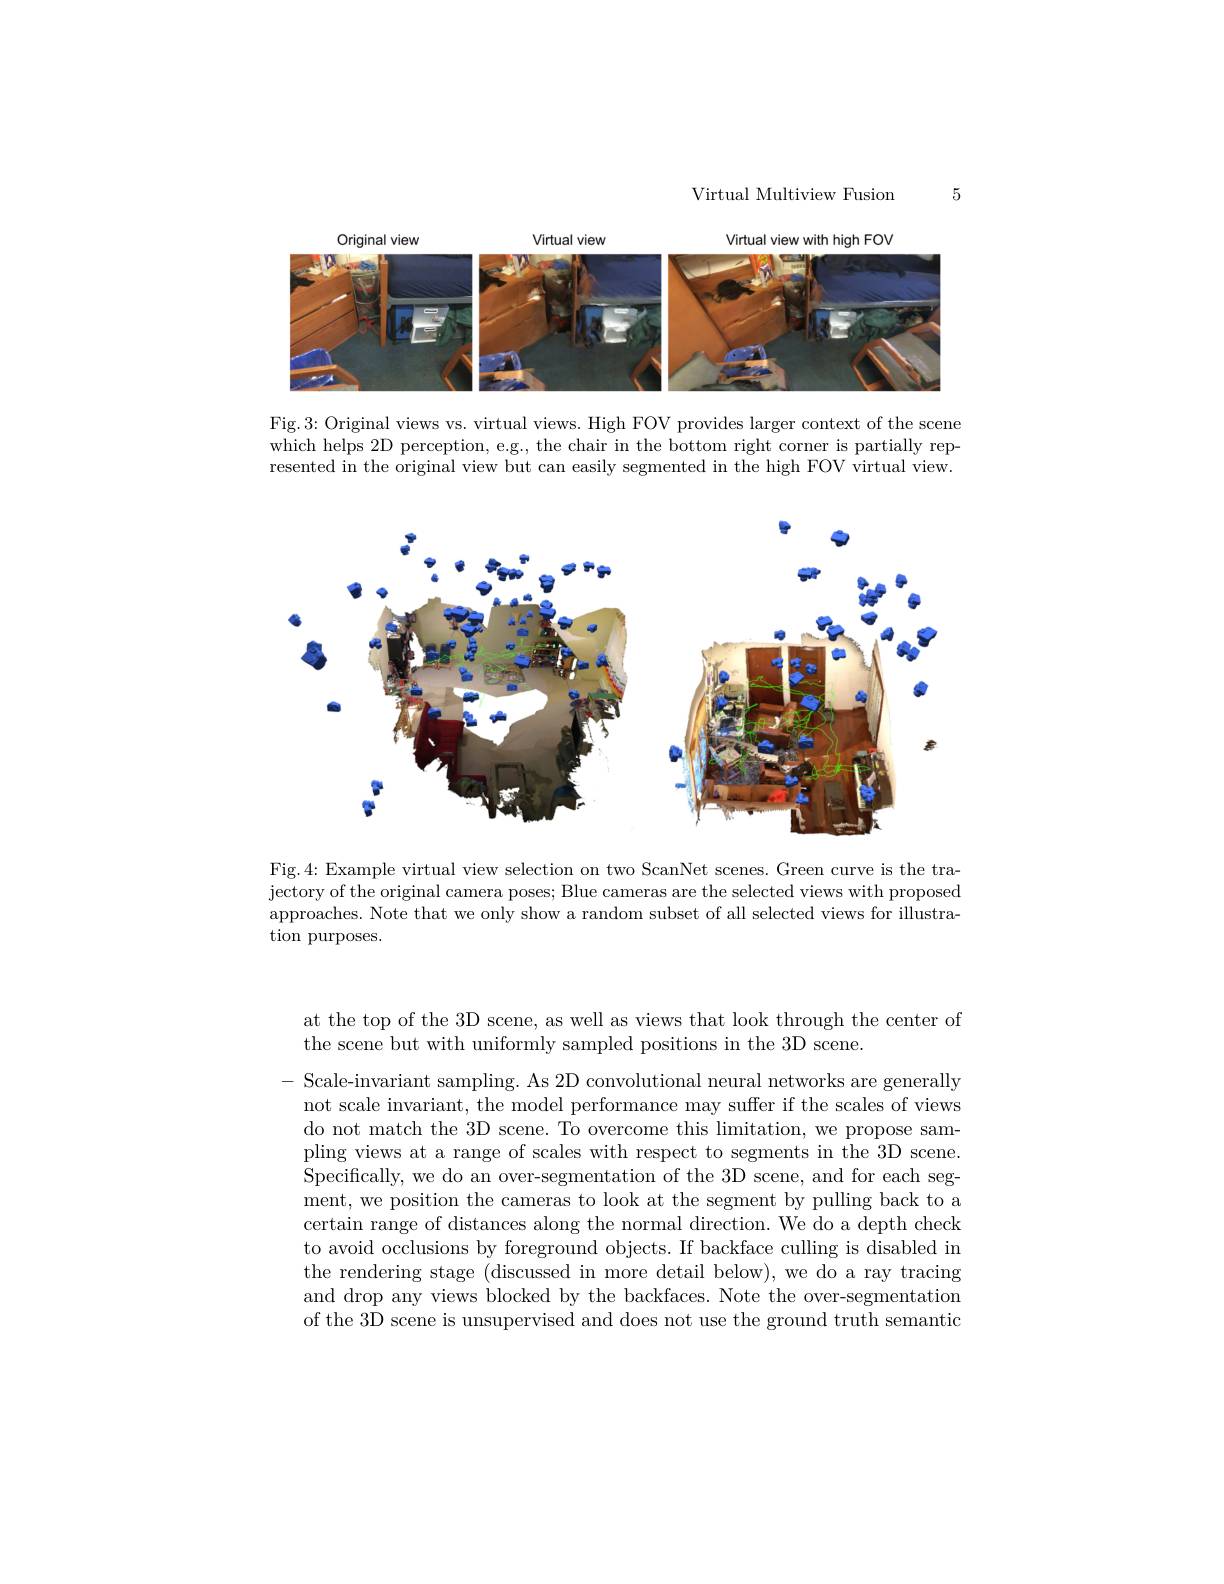
5

Virtual Multiview Fusion

<FigureHere>

Fig.3: Original views vs. virtual views. High FOV provides larger context of the scene which helps 2D perception, e.g., the chair in the bottom right corner is partially represented in the original view but can easily segmented in the high FOV virtual view.

<FigureHere>

Fig.4: Example virtual view selection on two ScanNet scenes. Green curve is the trajectory of the original camera poses; Blue cameras are the selected views with proposed approaches. Note that we only show a random subset of all selected views for illustration purposes.

at the top of the 3D scene, as well as views that look through the center of
the scene but with uniformly sampled positions in the 3D scene.

- Scale- invariant sampling. As 2D convolutional neural networks are generally not scale invariant, the model performance may suffer if the scales of views do not match the 3D scene. To overcome this limitation, we propose sampling views at a range of scales with respect to segments in the 3D scene. Specifically, we do an over-segmentation of the 3D scene, and for each segment, we position the cameras to look at the segment by pulling back to a certain range of distances along the normal direction. We do a depth check to avoid occlusions by foreground objects. If backface culling is disabled in the rendering stage (discussed in more detail below), we do a ray tracing and drop any views blocked by the backfaces. Note the over-segmentation of the 3D scene is unsupervised and does not use the ground truth semantic